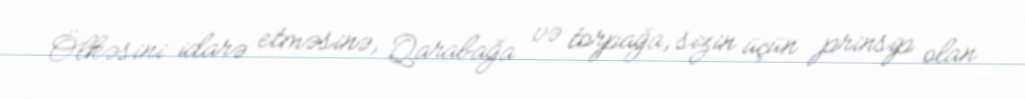
Ölkəsini idarə etməsinə, Qarabağa və torpağa, sizin üçün prinsip olan